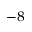
^ { - 8 }